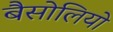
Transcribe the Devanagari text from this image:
बैसोलियो